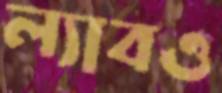
ল্যাবও